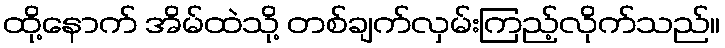
ထို့နောက် အိမ်ထဲသို့ တစ်ချက်လှမ်းကြည့်လိုက်သည်။